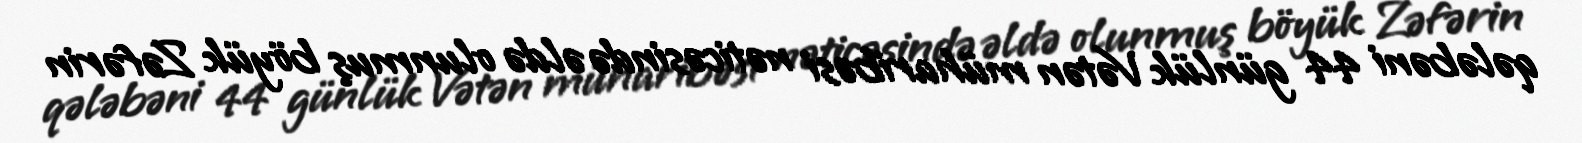
qələbəni 44 günlük Vətən müharibəsi nəticəsində əldə olunmuş böyük Zəfərin